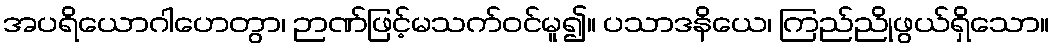
အပရိယောဂါဟေတွာ၊ ဉာဏ်ဖြင့်မသက်ဝင်မူ၍။ ပသာဒနိယေ၊ ကြည်ညိုဖွယ်ရှိသော။